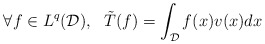
\begin{align*}\forall f \in L^q(\mathcal{D}), \ \ \tilde{T}(f) = \int_{\mathcal{D}}f(x)v(x)dx\end{align*}